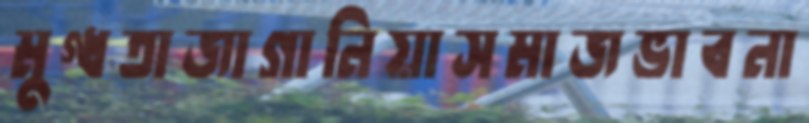
মুগ্ধতাজাগানিয়াসমাজভাবনা